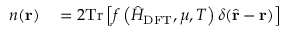
\begin{array} { r l } { n ( \mathbf { r } ) } & { { } = 2 \mathrm { T r } \left[ f \left( \hat { H } _ { \mathrm { D F T } } , \mu , T \right) \delta ( \hat { \mathbf { r } } - \mathbf { r } ) \right] } \end{array}